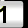
Digit: 1